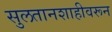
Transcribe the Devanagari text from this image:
सुलतानशाहीवरून